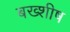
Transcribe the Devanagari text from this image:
बख्शीष